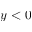
y < 0